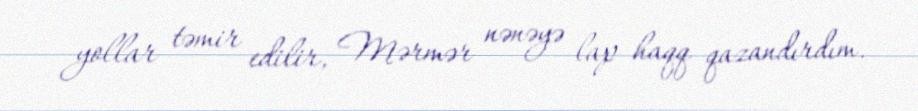
yollar təmir edilir, Mərmər nənəyə lap haqq qazandırdım.